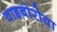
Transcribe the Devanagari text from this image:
वाइबोरोवा